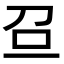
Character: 𠯉